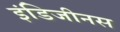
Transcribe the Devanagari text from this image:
इंडिजीनस